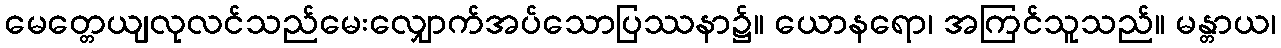
မေတ္တေယျလုလင်သည်မေးလျှောက်အပ်သောပြဿနာ၌။ ယောနရော၊ အကြင်သူသည်။ မန္တာယ၊